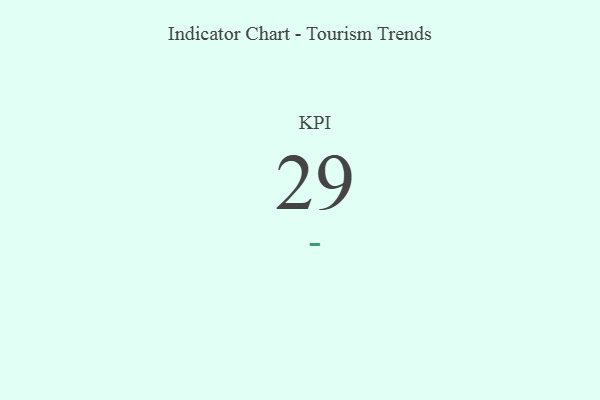
{"axis": {"x": "KPI", "y": "Value"}, "legend": [""], "data": [{"x": "KPI", "y": 29, "type": ""}]}